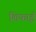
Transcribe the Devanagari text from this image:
शिफाई